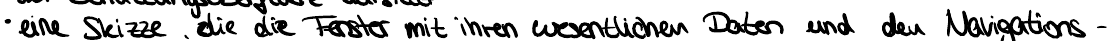
eine Skizze, die die Fenster mit ihren wesentlichen Daten und den Navigations -